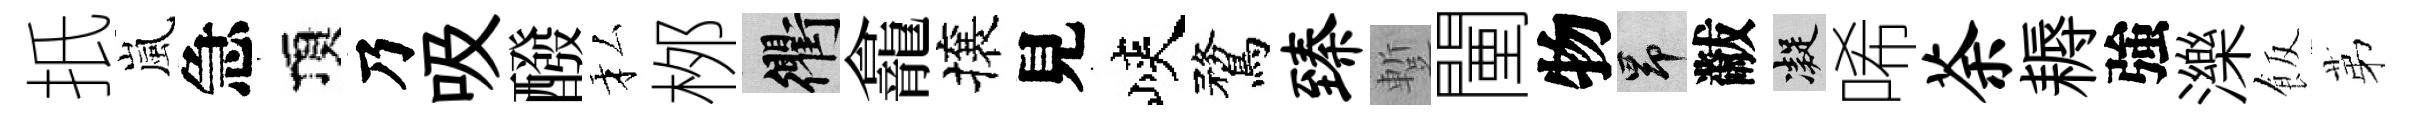
扺嵐急頂乃吸醱私桞衢龕攘見峽鶩臻蹔闉物昂黻凝唏荼耨強濼飯苐